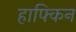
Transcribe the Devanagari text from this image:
हाफ्किन